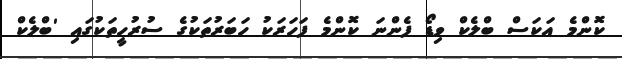
ކޮންމެ އަކަސް ބްލެކް ވިޑޯ ފެންނަ ކޮންމެ ފަހަރަކު ހަބަރުތަކުގެ ސުރުހީތަކުގައި 'ބްލެކް